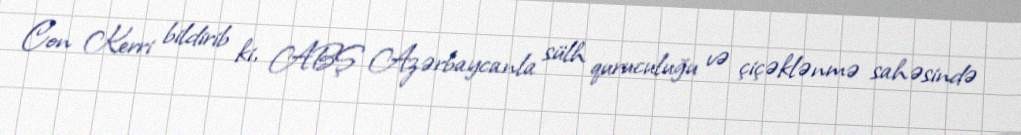
Con Kerri bildirib ki, ABŞ Azərbaycanla sülh quruculuğu və çiçəklənmə sahəsində